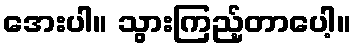
အေးပါ။ သွားကြည့်တာပေါ့။